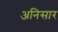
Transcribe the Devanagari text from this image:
अनिसार